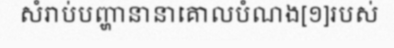
សំរាប់បញ្ហានានាគោលបំណង[១]របស់